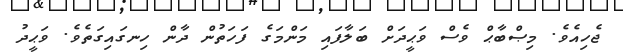
ޖެހިއެވެ. މިޞްބާޙް ވެސް ވަޙީދަށް ބަލާފައި މަންމަގެ ފަހަތުން ދާން ހިނގައިގަތެވެ. ވަޙީދު